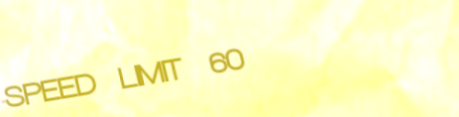
SPEED LIMIT 60